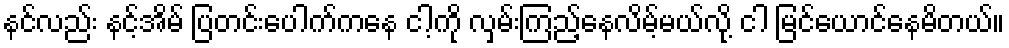
နင်လည်း နင့်အိမ် ပြတင်းပေါက်ကနေ ငါ့ကို လှမ်းကြည့်နေလိမ့်မယ်လို့ ငါ မြင်ယောင်နေမိတယ်။